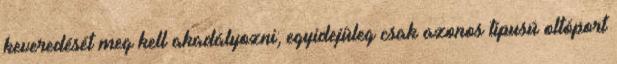
keveredését meg kell akadályozni; egyidejûleg csak azonos típusú oltóport